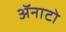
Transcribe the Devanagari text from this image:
ॲनाटो